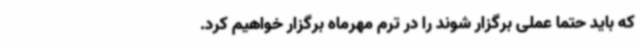
که باید حتماً عملی برگزار شوند را در ترم مهرماه برگزار خواهیم کرد.